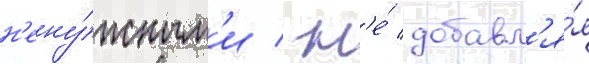
н'ену́жным'и / н'е́ добавл'я́я